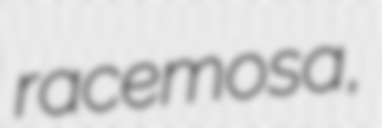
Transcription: racemosa,